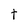
Character: t